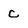
Character: C